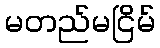
မတည်မငြိမ်